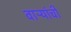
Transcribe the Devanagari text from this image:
वाऱ्यांची